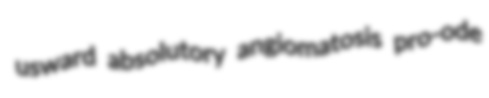
usward absolutory angiomatosis pro-ode